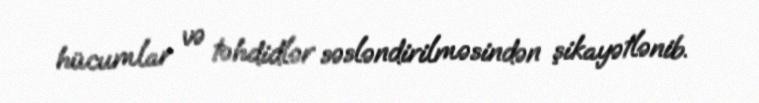
hücumlar və təhdidlər səsləndirilməsindən şikayətlənib.